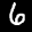
Label: 6